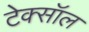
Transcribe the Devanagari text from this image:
टेक्सॉल